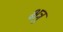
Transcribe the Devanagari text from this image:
क्षत्रु